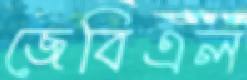
জেবিএল